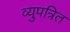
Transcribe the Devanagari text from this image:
व्युपत्रित